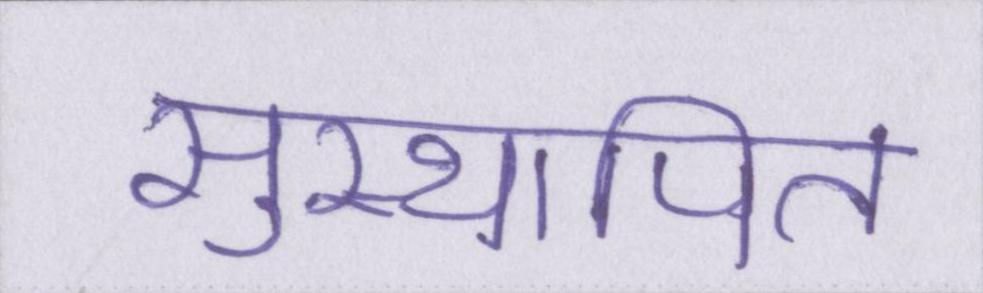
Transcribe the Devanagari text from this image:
सुस्थापित